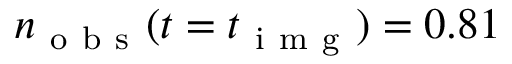
n _ { \mathrm { ~ o ~ b ~ s ~ } } ( t = t _ { \mathrm { ~ i ~ m ~ g ~ } } ) = 0 . 8 1